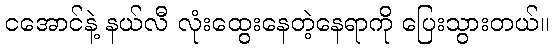
ငအောင်နဲ့ နယ်လီ လုံးထွေးနေတဲ့နေရာကို ပြေးသွားတယ်။